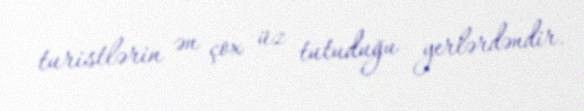
turistlərin ən çox üz tutuduğu yerlərdəndir.